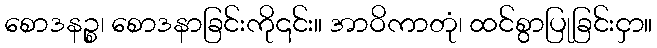
စောဒနဉ္စ၊ စောဒနာခြင်းကို၎င်း။ အာဝိကာတုံ၊ ထင်စွာပြုခြင်းငှာ။